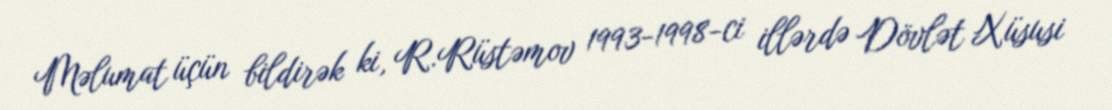
Məlumat üçün bildirək ki, R.Rüstəmov 1993-1998-ci illərdə Dövlət Xüsusi